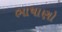
ભાષાણો